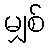
မျှစ်